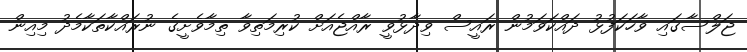
ޖަލްސާގައި ވާހަަކަފުޅު ދައްކަވަމުން ރައީސް ވިދާޅުވީ ރާއްޖެއަށް ކުރިމަތިވާ ތިމާވެށީގެ ނުރައްކާތަކާމެދު މިއިން